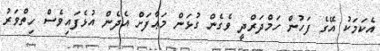
އެކަމަކު އޭގެ ފަހުން ހަމްދަރްދީ ވެގެން ގުޅަން މަޢާފަށް އެދެން އުޅެފައިވެސް ހިތްވަރު